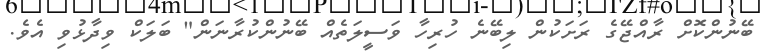
ބޭނުންކޮށް ރާއްޖޭގެ ރަށަކުން ލިބޭނެ ހުރިހާ ވަސީލަތެއް ބޭނުންކުރާނަން" ބަލަކް ވިދާޅުވި އެވެ.